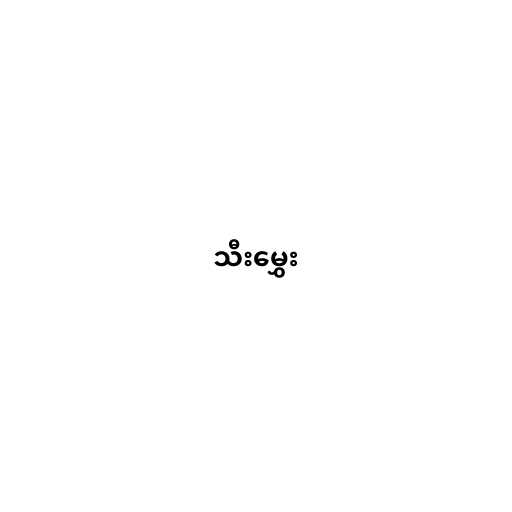
သီးမွှေး